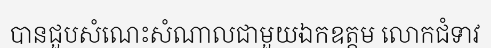
បានជួបសំណេះសំណាលជាមួយឯកឧត្តម លោកជំទាវ